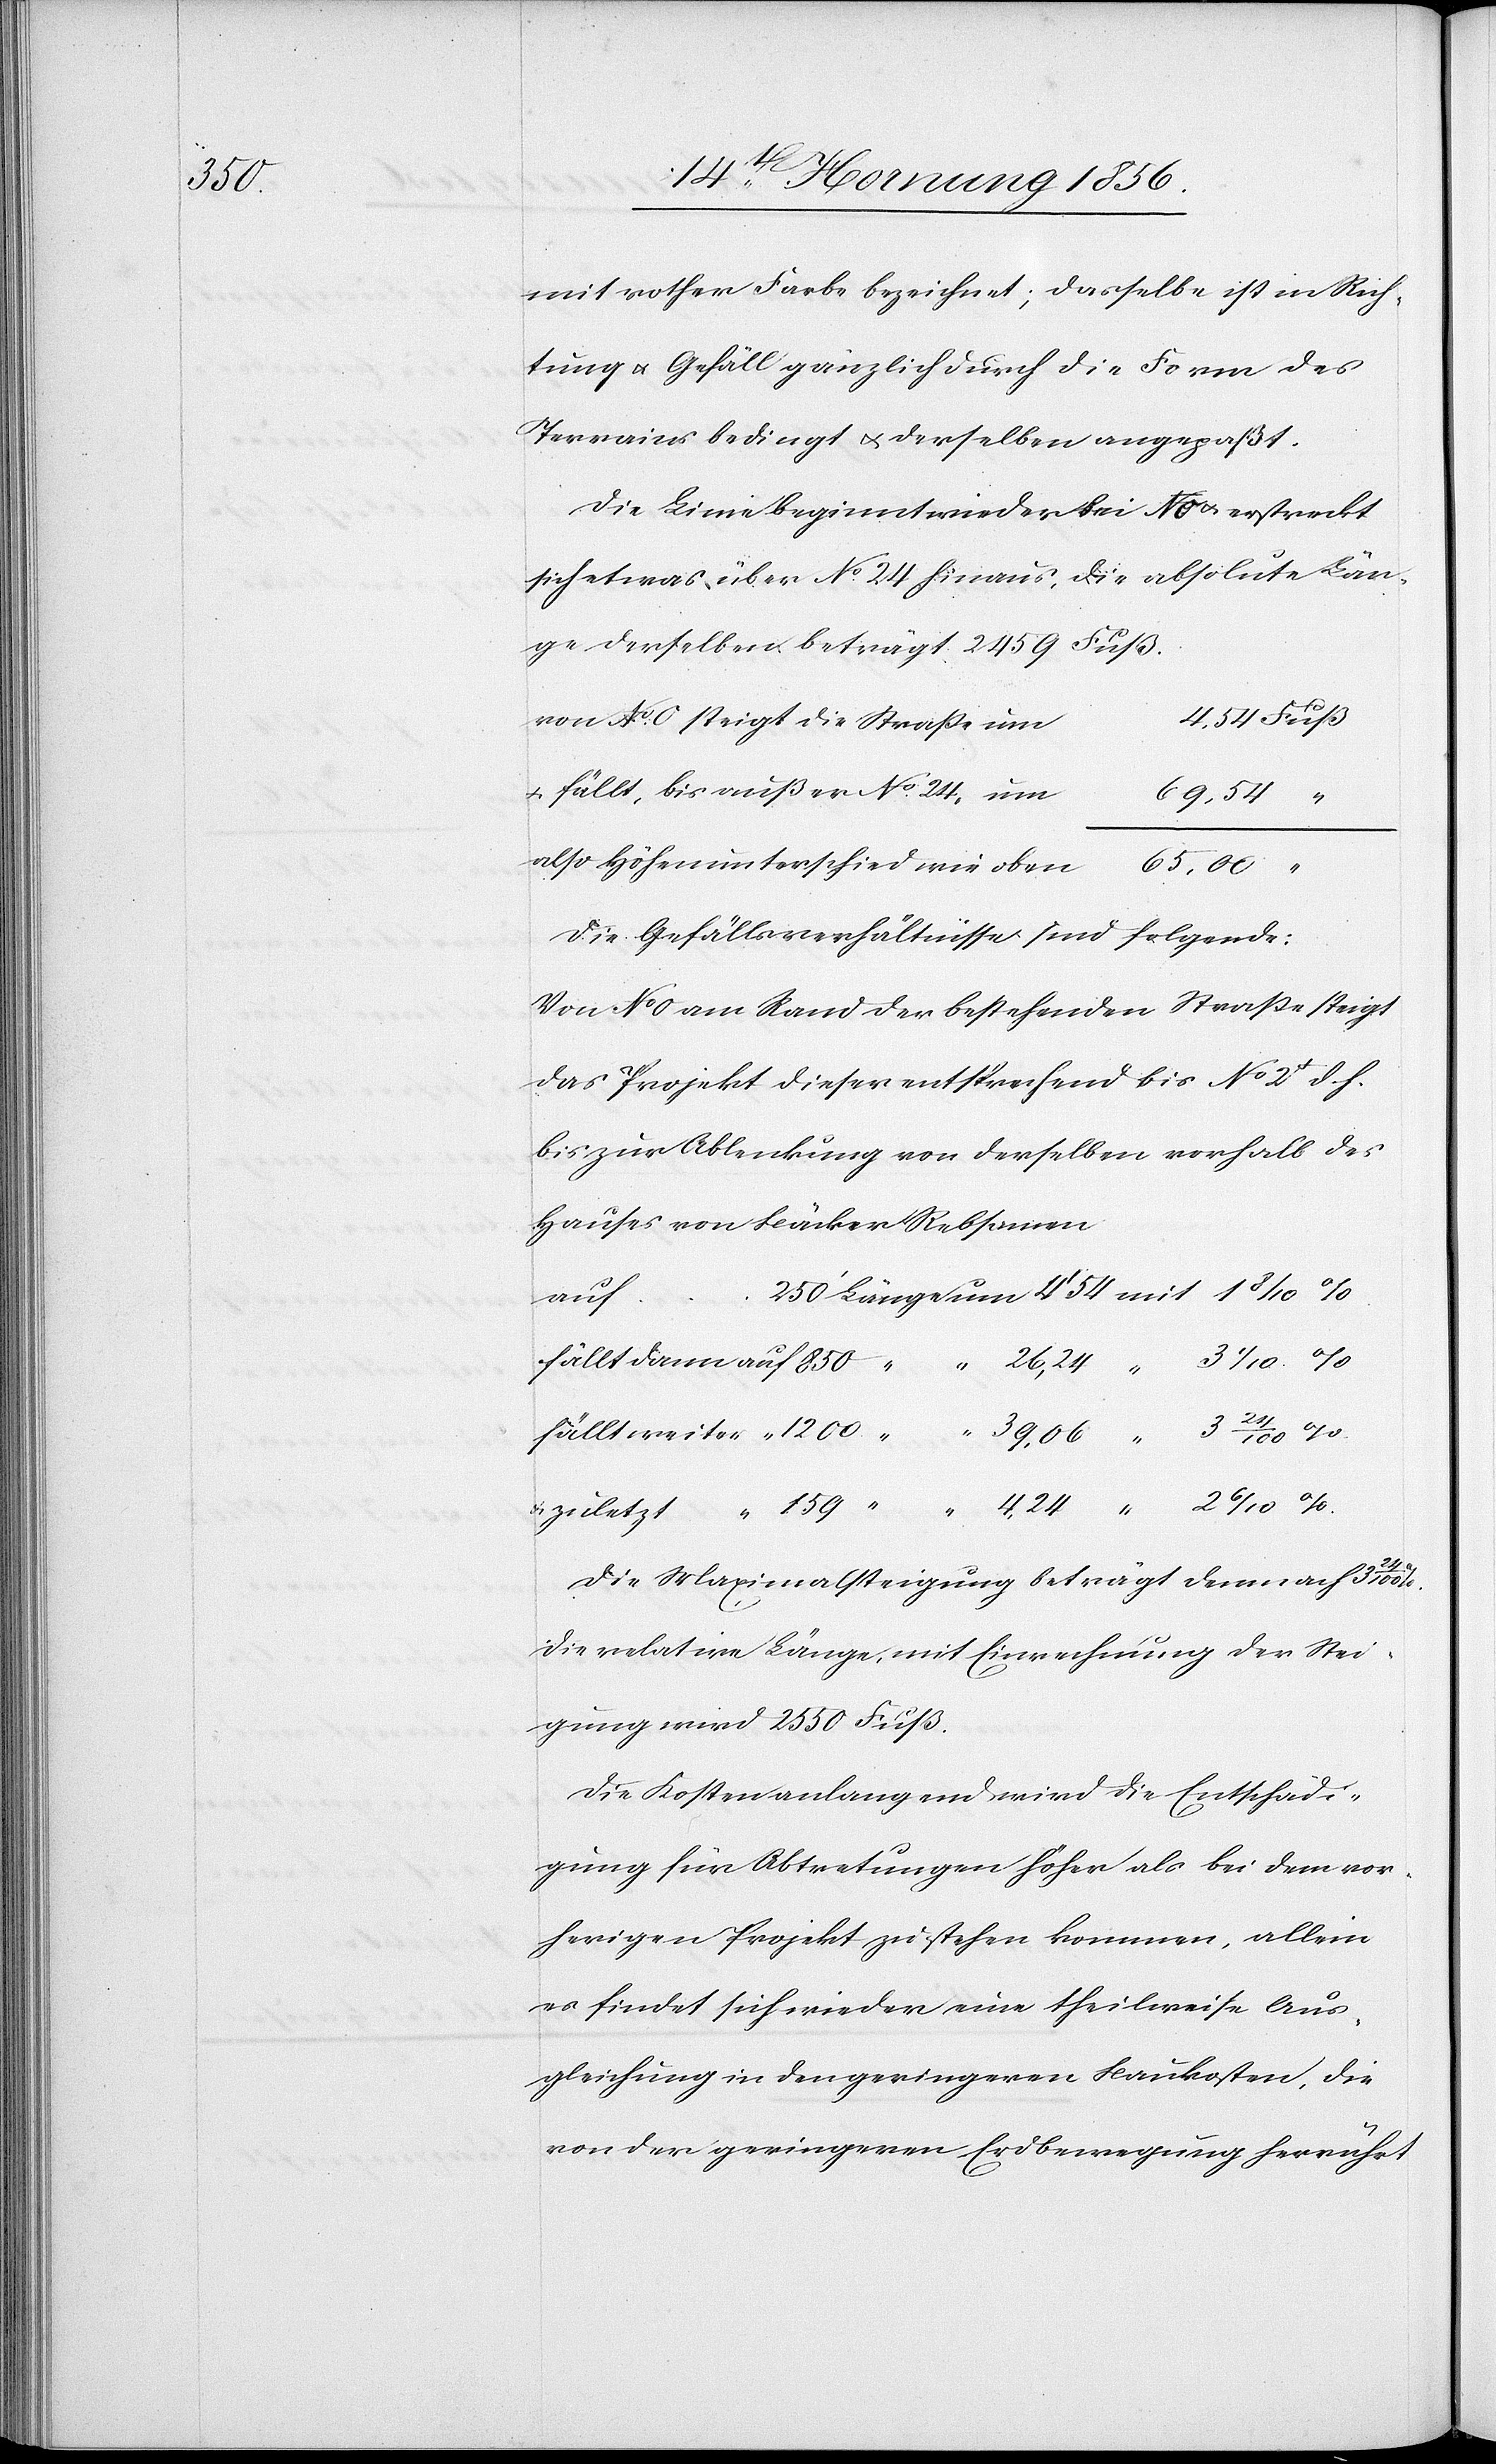
mit rother Farbe bezeichnet; dasselbe ist in Rich¬
tung u. Gefäll gänzlich durch die Form des
Terrains bedingt u. derselben angepaßt.
Die Linie beginnt wieder bei N 0 u. erstreckt
sich etwas über No. 24 hinaus, die absolute Län¬
ge derselben beträgt 2459 Fuß.
4, 54 Fuß
von No. 0 steigt die Straße um
u. fällt, bis außer No. 24, u¬
m		69, 54 “
also Höhenunterschied wie obe¬
n		65, 00 “
Die Gefällsverhältnisse sind folgende:
Von No 0 am Rand der bestehenden Straße steigt
das Projekt dieser entsprechend bis No 2+ d. h.
bis zur Ablenkung von derselben vorhalb des
Hauses von Bäcker Rebsamen
auf
Die Maximalsteigung beträgt demnach 3
Die relative Länge, mit Einrechnung der Stei¬
gung wird 2550 Fuß.
Die Kosten anlangend wird die Entschädi¬
gung für Abtretungen höher als bei dem vor¬
herigen Projekt zu stehen kommen, allein
es findet sich wieder eine theilweise Aus¬
gleichung in den geringeren Baukosten, die
von der geringeren Erdbewegung herrührt